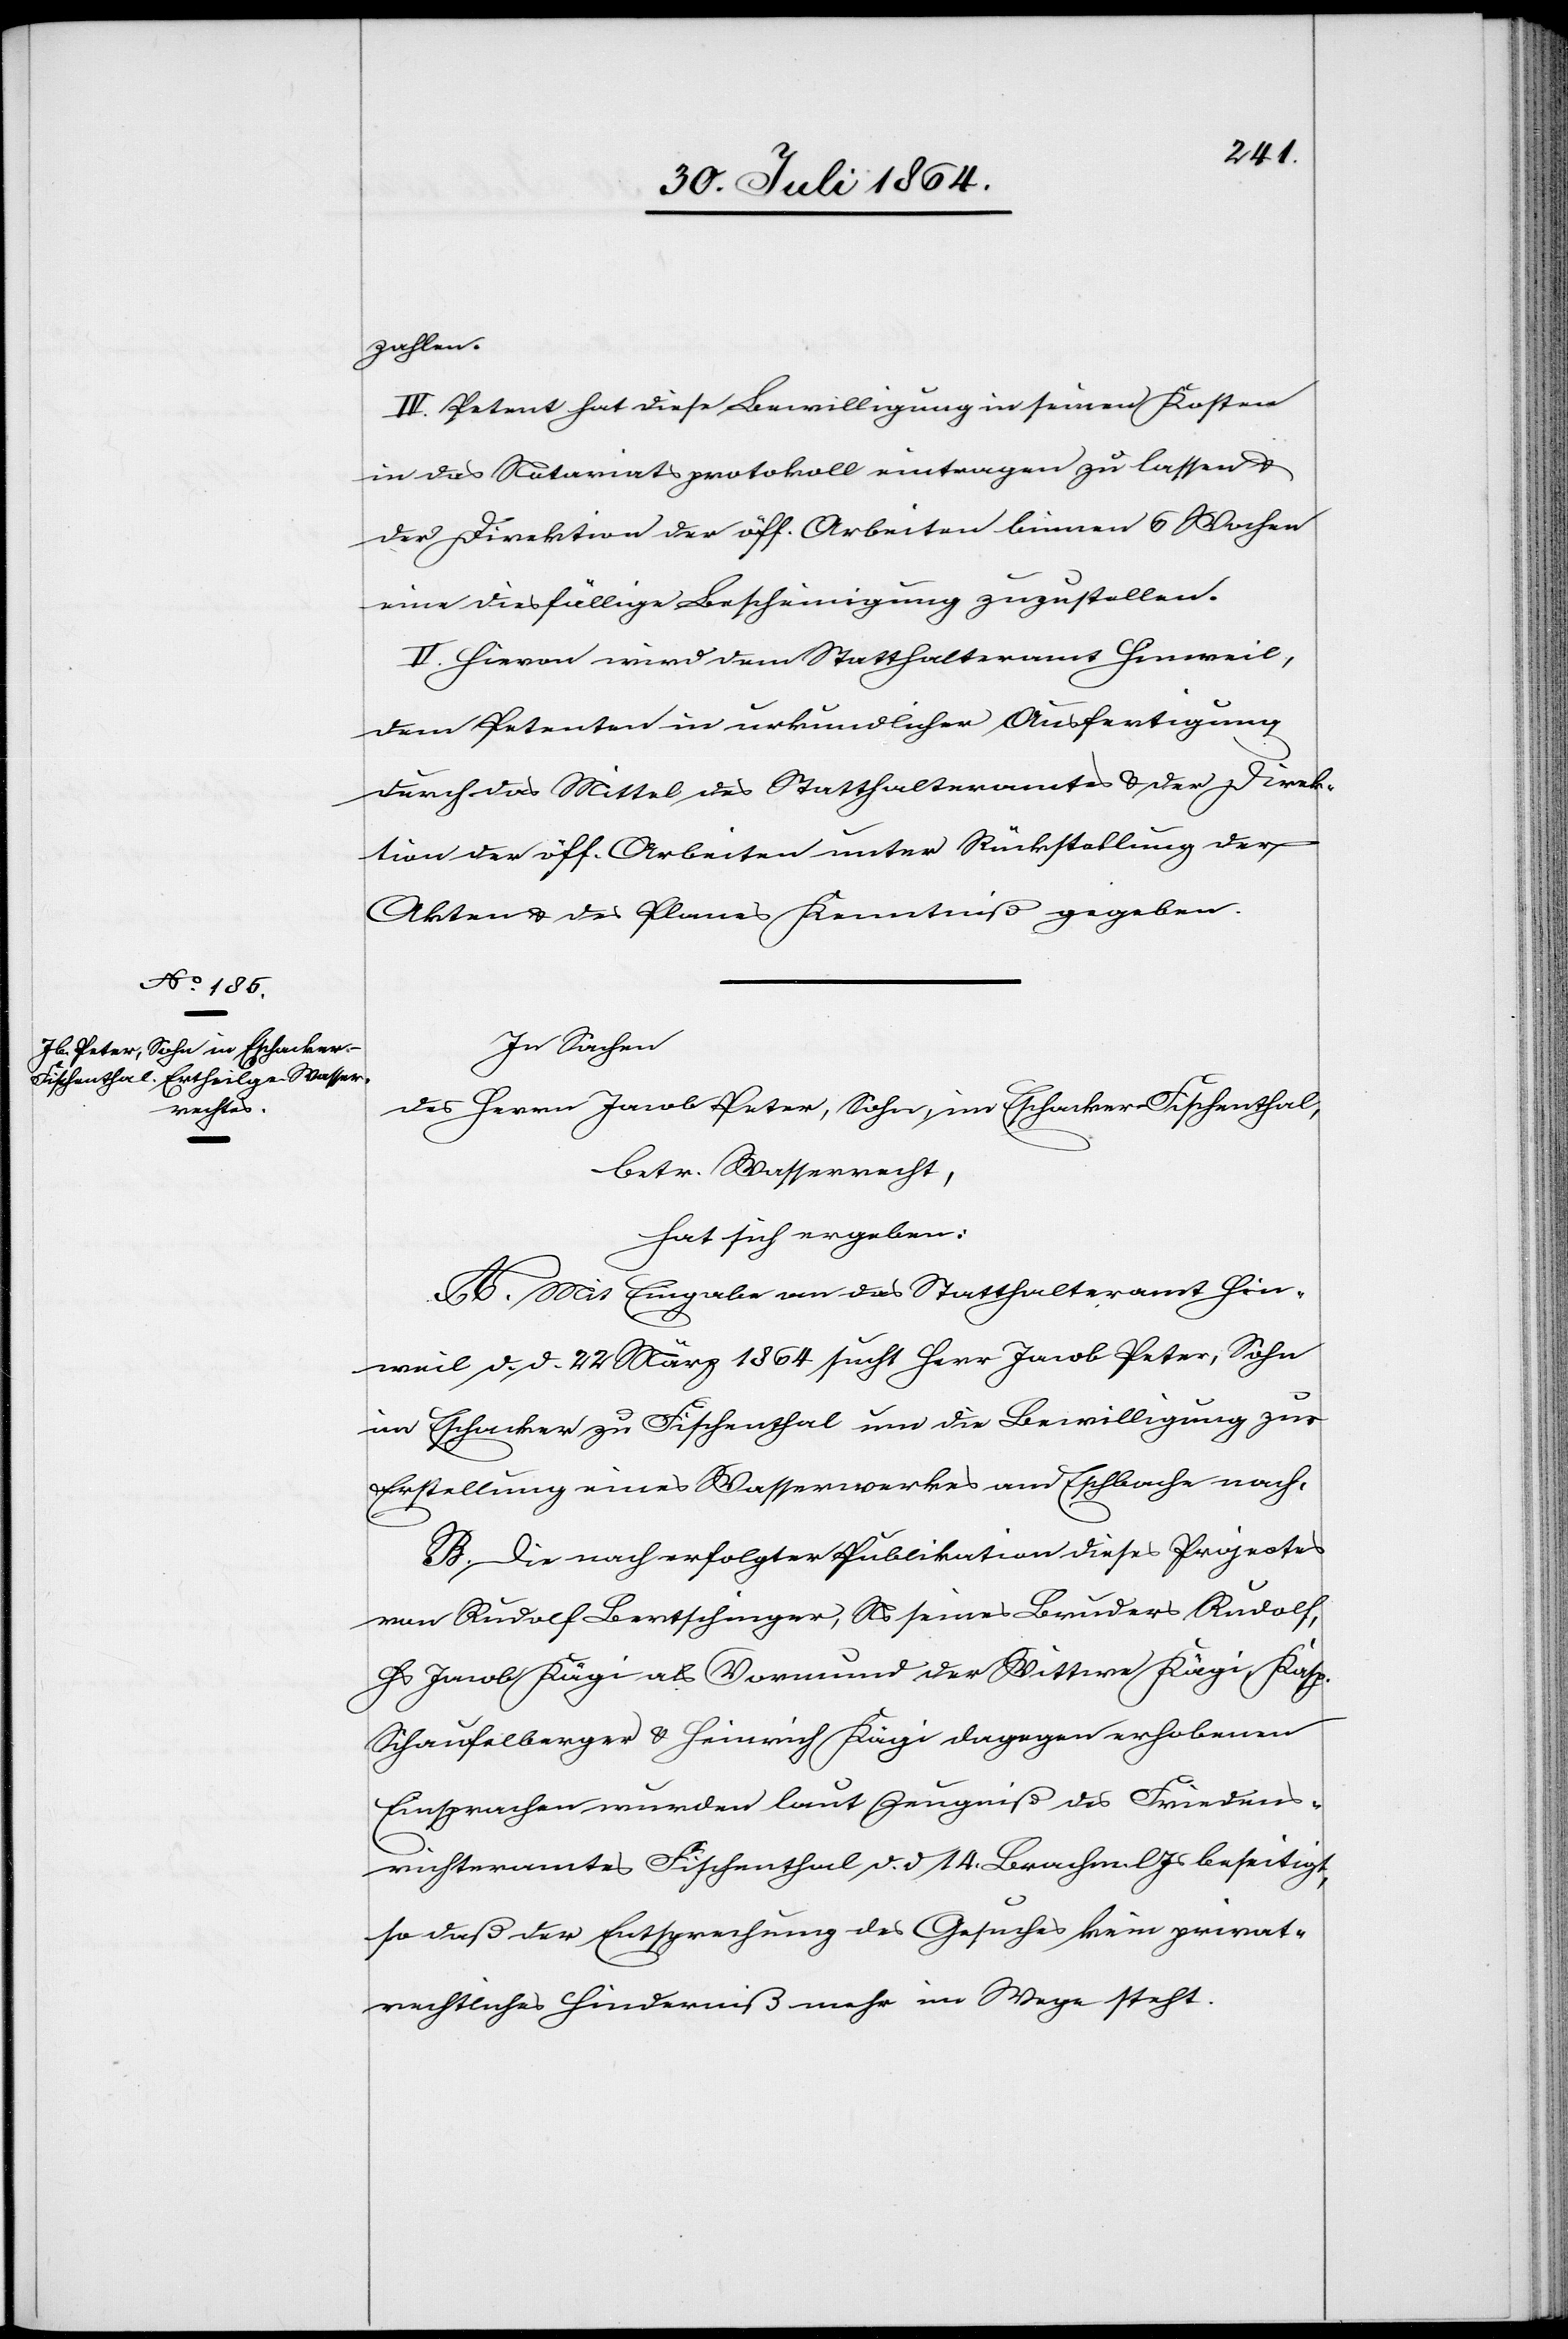
zahlen.
IV. Petent hat diese Bewilligung in seinen Kosten
in das Notariatsprotokoll eintragen zu lassen &
der Direktion der öff. Arbeiten binnen 6 Wochen
eine diesfällige Bescheinigung zuzustellen.
V. Hievon wird dem Statthalteramt Hinweil,
dem Petenten in urkundlicher Ausfertigung
durch das Mittel des Statthalteramtes & der Direk¬
tion der öff. Arbeiten unter Rückstellung der
Akten & des Planes Kenntniß zu gegeben.
In Sachen
des Herrn Jacob Peter, Sohn, im Eschacker-Fischenthal,
betr. Wasserrecht,
hat sich ergeben:
A. Mit Eingabe an das Statthalteramt Hin¬
weil d. d. 22. März 1864 sucht Herr Jacob Peter, Sohn
im Eschacker zu Fischenthal um die Bewilligung zur
Erstellung eines Wasserwerkes am Eschbache nach.
B. Die nach erfolgter Publikation dieses Projectes
von Rudolf Bertschinger, Ns. seines Bruders Rudolf
Hs. Jacob Kägi als Vormund der Wittwe Kägi, Kasp.
Schaufelberger & Heinrich Kägi dagegen erhobenen
Einsprachen wurden laut Zeugniß des Friedens¬
richteramtes Fischenthal d. d. 14. Brachm. l. Js. beseitigt,
so daß der Entsprechung des Gesuches kein privat¬
rechtliches Hinderniß mehr im Wege steht.